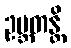
ဥဗ္ဘတန္တိ